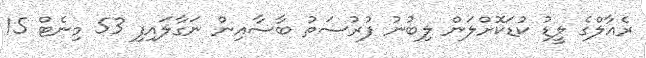
ރެއާލްގެ ލީޑު ކުޑަކޮށްލަން ލިބުނު ފުރުސަތު ބާސާއިން ނަގާލައިފި 53 މިނެޓް 15